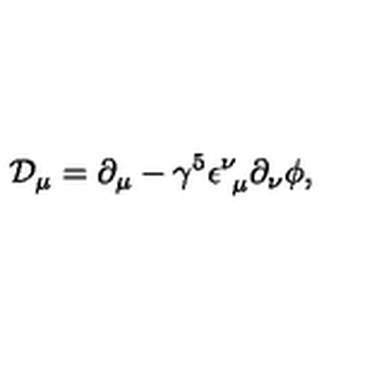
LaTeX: { \mathcal D } _ { \mu } = \partial _ { \mu } - \gamma ^ { 5 } \epsilon _ { \ \mu } ^ { \nu } \partial _ { \nu } \phi ,